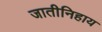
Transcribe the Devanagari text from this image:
जातीनिहाय